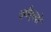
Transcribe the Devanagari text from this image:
धर्मकृत्यों